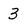
Character: 3